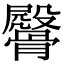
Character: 𩪔